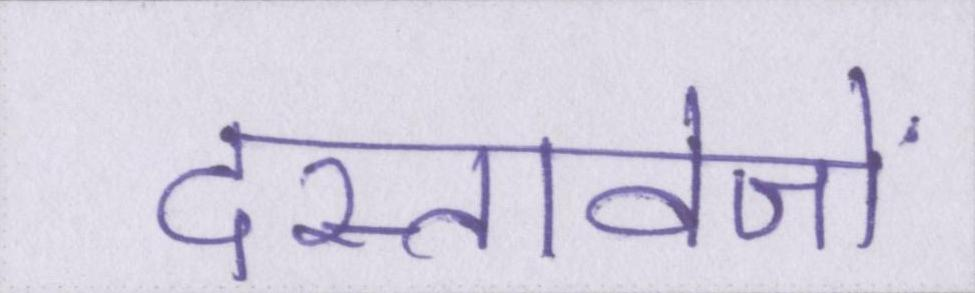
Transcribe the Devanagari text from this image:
दस्तावेजों